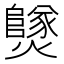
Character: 𤒮